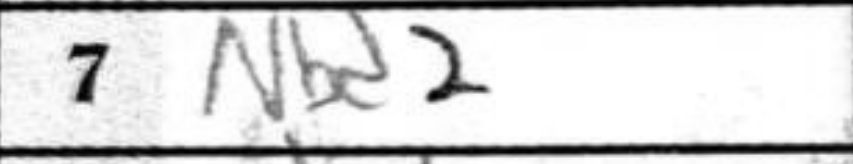
Transcription: Nbd2